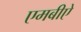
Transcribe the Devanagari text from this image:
एमबीऐ